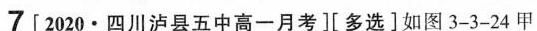
7[2020·四川泸县五中高一月考][多选]如图3-3-24甲